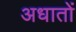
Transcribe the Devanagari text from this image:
अधातों